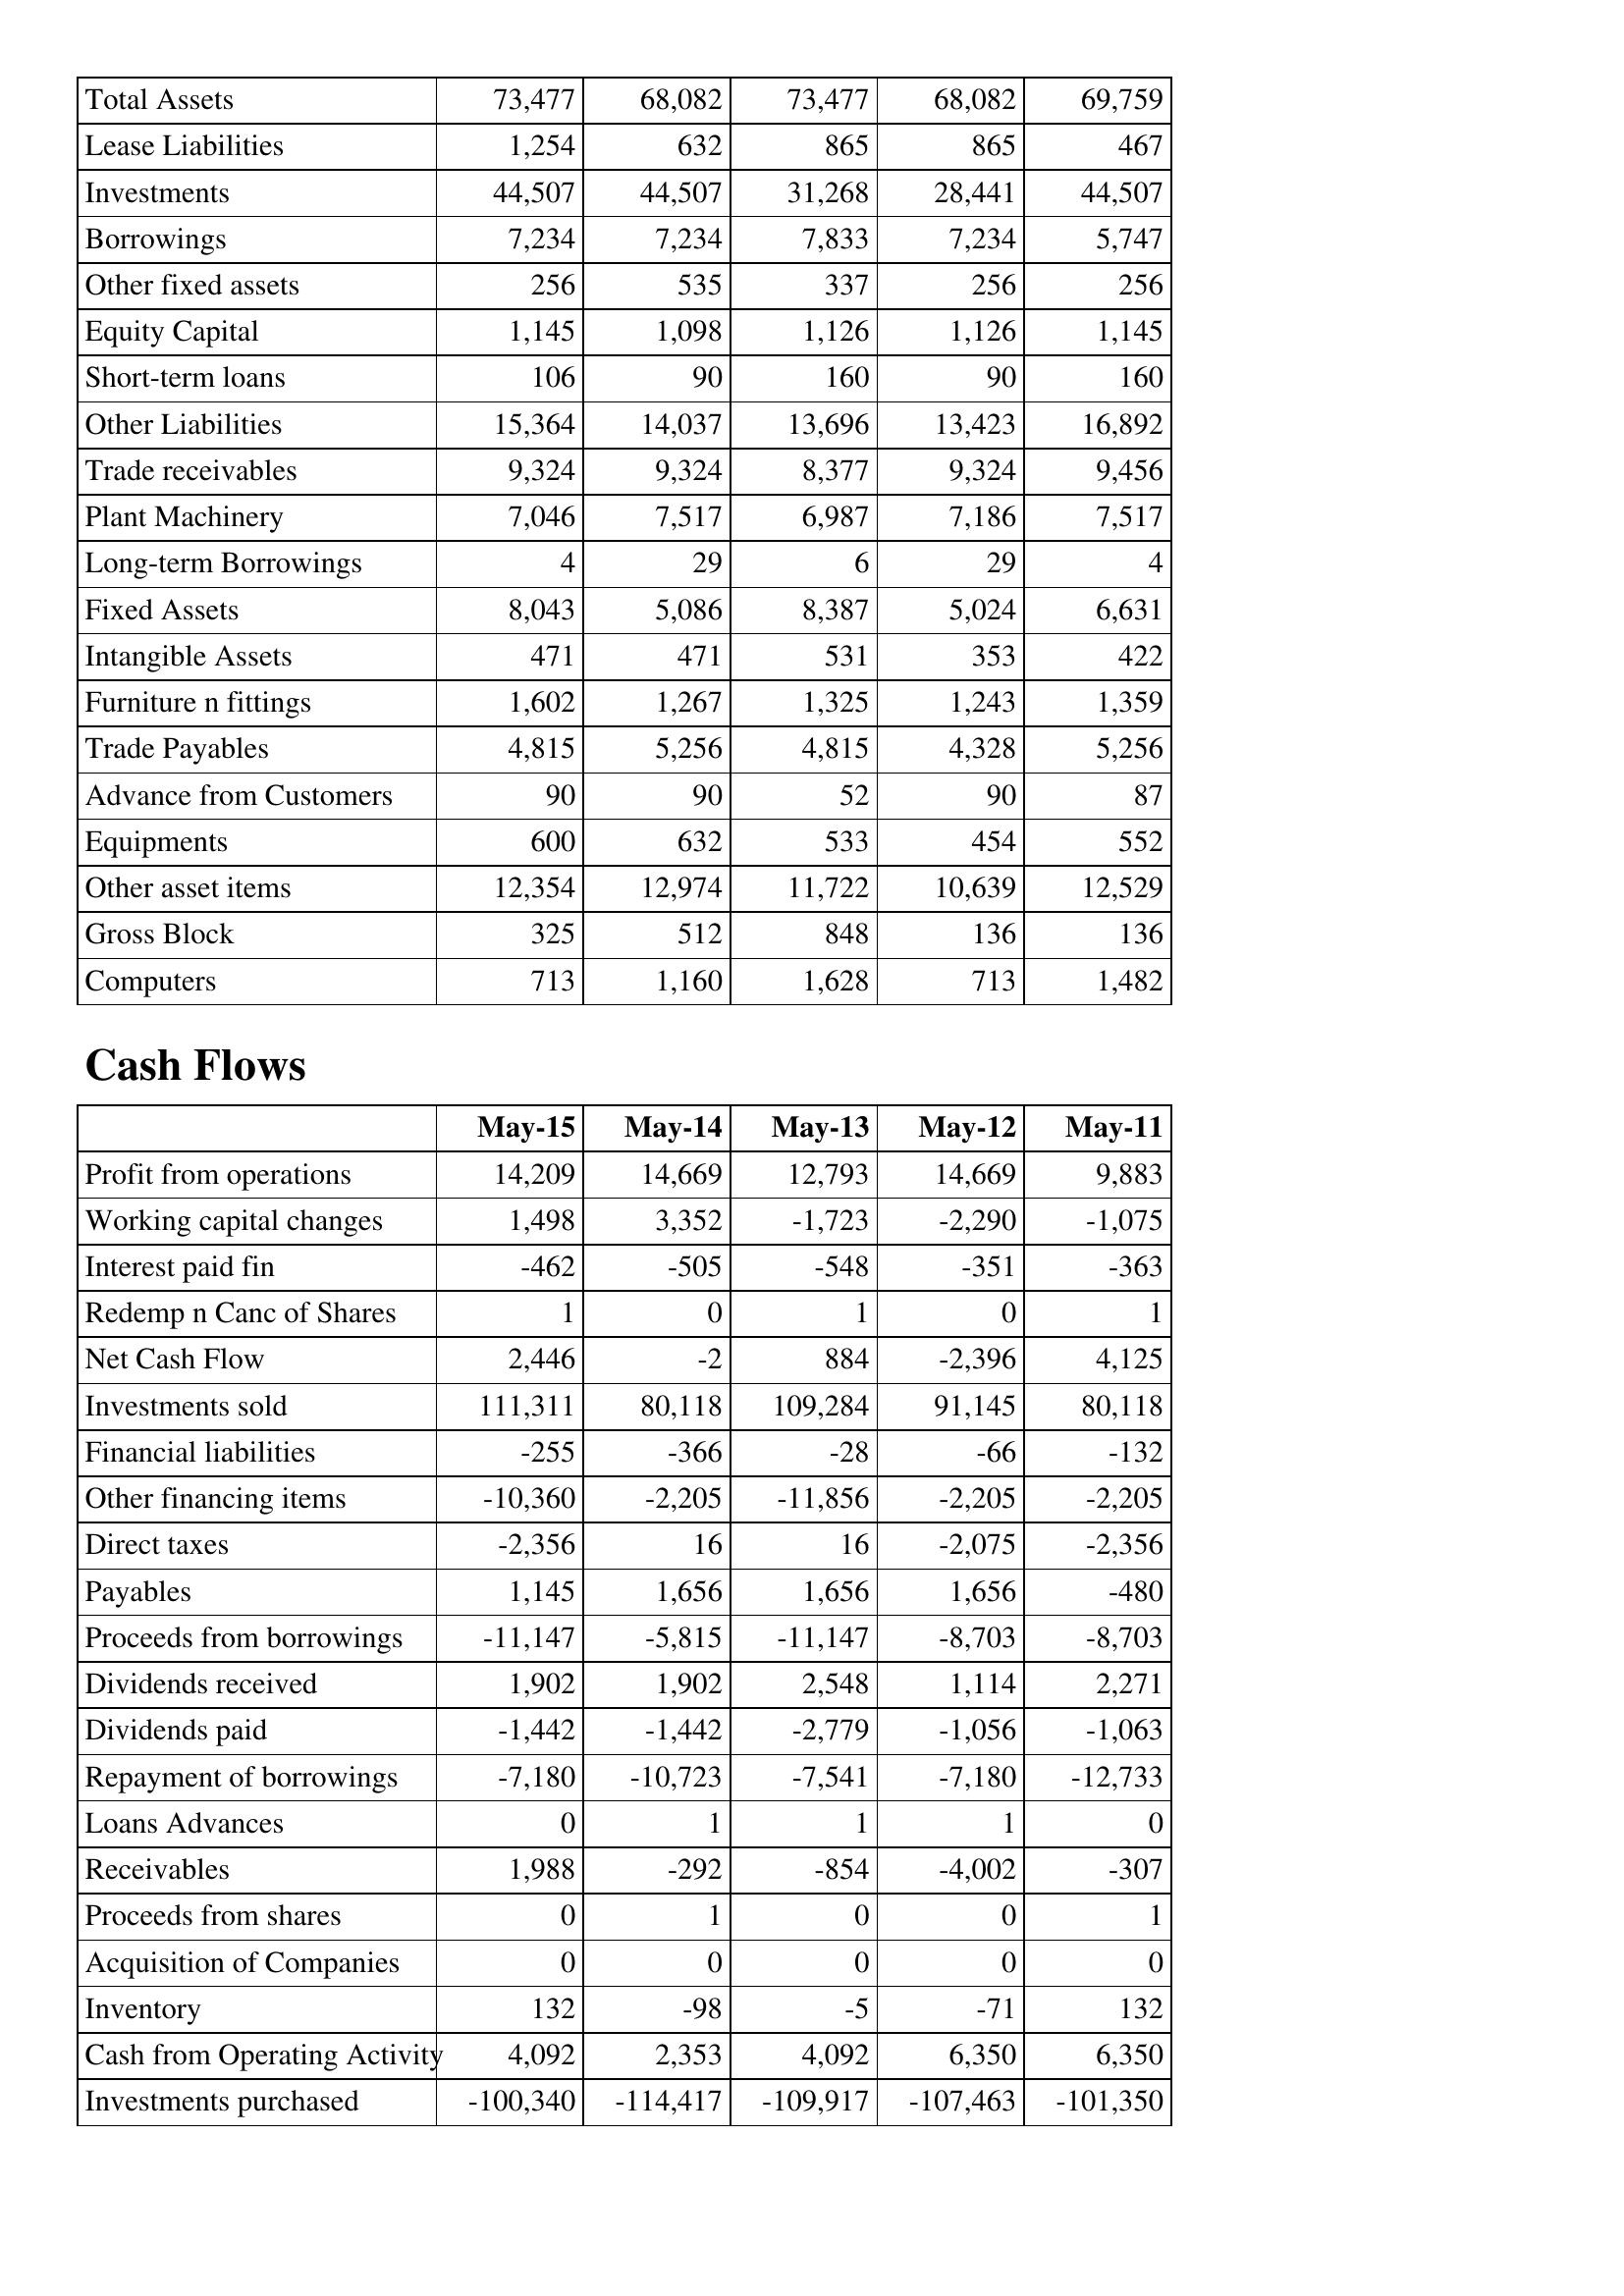
May-15: Balance Sheet: Total Assets: 73,477
Lease Liabilities: 1,254
Investments: 44,507
Borrowings: 7,234
Other fixed assets: 256
Equity Capital: 1,145
Short-term loans: 106
Other Liabilities: 15,364
Trade receivables: 9,324
Plant Machinery: 7,046
Long-term Borrowings: 4
Fixed Assets: 8,043
Intangible Assets: 471
Furniture n fittings: 1,602
Trade Payables: 4,815
Advance from Customers: 90
Equipments: 600
Other asset items: 12,354
Gross Block: 325
Computers: 713
Cash Flows: Profit from operations: 14,209
Working capital changes: 1,498
Interest paid fin: -462
Redemp n Canc of Shares: 1
Net Cash Flow: 2,446
Investments sold: 111,311
Financial liabilities: -255
Other financing items: -10,360
Direct taxes: -2,356
Payables: 1,145
Proceeds from borrowings: -11,147
Dividends received: 1,902
Dividends paid: -1,442
Repayment of borrowings: -7,180
Loans Advances: 0
Receivables: 1,988
Proceeds from shares: 0
Acquisition of Companies: 0
Inventory: 132
Cash from Operating Activity: 4,092
Investments purchased: -100,340
May-14: Balance Sheet: Total Assets: 68,082
Lease Liabilities: 632
Investments: 44,507
Borrowings: 7,234
Other fixed assets: 535
Equity Capital: 1,098
Short-term loans: 90
Other Liabilities: 14,037
Trade receivables: 9,324
Plant Machinery: 7,517
Long-term Borrowings: 29
Fixed Assets: 5,086
Intangible Assets: 471
Furniture n fittings: 1,267
Trade Payables: 5,256
Advance from Customers: 90
Equipments: 632
Other asset items: 12,974
Gross Block: 512
Computers: 1,160
Cash Flows: Profit from operations: 14,669
Working capital changes: 3,352
Interest paid fin: -505
Redemp n Canc of Shares: 0
Net Cash Flow: -2
Investments sold: 80,118
Financial liabilities: -366
Other financing items: -2,205
Direct taxes: 16
Payables: 1,656
Proceeds from borrowings: -5,815
Dividends received: 1,902
Dividends paid: -1,442
Repayment of borrowings: -10,723
Loans Advances: 1
Receivables: -292
Proceeds from shares: 1
Acquisition of Companies: 0
Inventory: -98
Cash from Operating Activity: 2,353
Investments purchased: -114,417
May-13: Balance Sheet: Total Assets: 73,477
Lease Liabilities: 865
Investments: 31,268
Borrowings: 7,833
Other fixed assets: 337
Equity Capital: 1,126
Short-term loans: 160
Other Liabilities: 13,696
Trade receivables: 8,377
Plant Machinery: 6,987
Long-term Borrowings: 6
Fixed Assets: 8,387
Intangible Assets: 531
Furniture n fittings: 1,325
Trade Payables: 4,815
Advance from Customers: 52
Equipments: 533
Other asset items: 11,722
Gross Block: 848
Computers: 1,628
Cash Flows: Profit from operations: 12,793
Working capital changes: -1,723
Interest paid fin: -548
Redemp n Canc of Shares: 1
Net Cash Flow: 884
Investments sold: 109,284
Financial liabilities: -28
Other financing items: -11,856
Direct taxes: 16
Payables: 1,656
Proceeds from borrowings: -11,147
Dividends received: 2,548
Dividends paid: -2,779
Repayment of borrowings: -7,541
Loans Advances: 1
Receivables: -854
Proceeds from shares: 0
Acquisition of Companies: 0
Inventory: -5
Cash from Operating Activity: 4,092
Investments purchased: -109,917
May-12: Balance Sheet: Total Assets: 68,082
Lease Liabilities: 865
Investments: 28,441
Borrowings: 7,234
Other fixed assets: 256
Equity Capital: 1,126
Short-term loans: 90
Other Liabilities: 13,423
Trade receivables: 9,324
Plant Machinery: 7,186
Long-term Borrowings: 29
Fixed Assets: 5,024
Intangible Assets: 353
Furniture n fittings: 1,243
Trade Payables: 4,328
Advance from Customers: 90
Equipments: 454
Other asset items: 10,639
Gross Block: 136
Computers: 713
Cash Flows: Profit from operations: 14,669
Working capital changes: -2,290
Interest paid fin: -351
Redemp n Canc of Shares: 0
Net Cash Flow: -2,396
Investments sold: 91,145
Financial liabilities: -66
Other financing items: -2,205
Direct taxes: -2,075
Payables: 1,656
Proceeds from borrowings: -8,703
Dividends received: 1,114
Dividends paid: -1,056
Repayment of borrowings: -7,180
Loans Advances: 1
Receivables: -4,002
Proceeds from shares: 0
Acquisition of Companies: 0
Inventory: -71
Cash from Operating Activity: 6,350
Investments purchased: -107,463
May-11: Balance Sheet: Total Assets: 69,759
Lease Liabilities: 467
Investments: 44,507
Borrowings: 5,747
Other fixed assets: 256
Equity Capital: 1,145
Short-term loans: 160
Other Liabilities: 16,892
Trade receivables: 9,456
Plant Machinery: 7,517
Long-term Borrowings: 4
Fixed Assets: 6,631
Intangible Assets: 422
Furniture n fittings: 1,359
Trade Payables: 5,256
Advance from Customers: 87
Equipments: 552
Other asset items: 12,529
Gross Block: 136
Computers: 1,482
Cash Flows: Profit from operations: 9,883
Working capital changes: -1,075
Interest paid fin: -363
Redemp n Canc of Shares: 1
Net Cash Flow: 4,125
Investments sold: 80,118
Financial liabilities: -132
Other financing items: -2,205
Direct taxes: -2,356
Payables: -480
Proceeds from borrowings: -8,703
Dividends received: 2,271
Dividends paid: -1,063
Repayment of borrowings: -12,733
Loans Advances: 0
Receivables: -307
Proceeds from shares: 1
Acquisition of Companies: 0
Inventory: 132
Cash from Operating Activity: 6,350
Investments purchased: -101,350